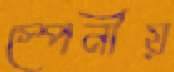
স্পেনীয়